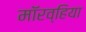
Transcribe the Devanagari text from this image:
मॉरव्हिया